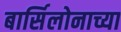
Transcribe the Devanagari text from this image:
बार्सिलोनाच्या